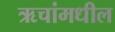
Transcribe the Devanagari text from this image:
ऋचांमधील